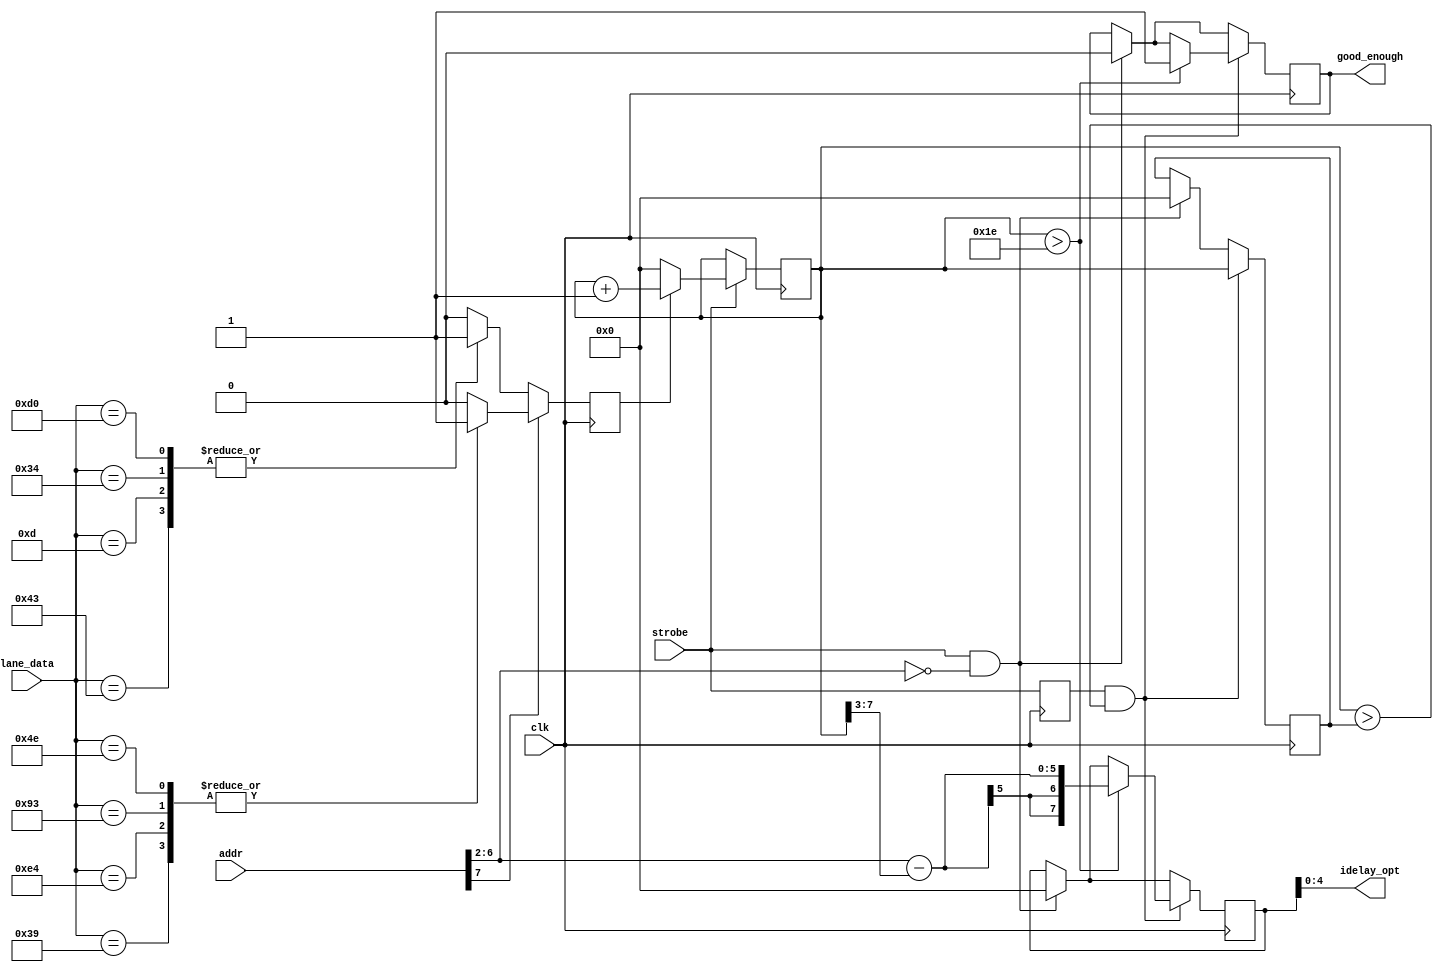
// Goes with idelay_scanner.v
module decider(
	input clk,
	input [10:0] addr,  // 4+5+2
	input [7:0] lane_data,
	input strobe,
	output [4:0] idelay_opt,
	output good_enough
);

// valid words depend on addr[7], see board_support/zest/zest_setup.py self.valid_pattern
// {0x43:1, 0x0d:1, 0x34:1, 0xd0:1},{0x39:1, 0xe4:1, 0x93:1, 0x4e:1}
wire odd = addr[7];
reg valid=0;
always @(posedge clk) begin
	if (~odd) case (lane_data)
		8'h43: valid <= 1;
		8'h0d: valid <= 1;
		8'h34: valid <= 1;
		8'hd0: valid <= 1;
		default: valid <= 0;
	endcase else case (lane_data)
		8'h39: valid <= 1;
		8'he4: valid <= 1;
		8'h93: valid <= 1;
		8'h4e: valid <= 1;
		default: valid <= 0;
	endcase
end

// Pull apart the 4 + 5 + 2 bit address
wire [4:0] idelay = addr[6:2];

// Pretty much the same algorithm as in board_support/zest/zest_setup.py top2idelay()
reg [7:0] goodness=0, best=0, center=0;
reg strobe_d=0, good_enough_r=0;
always @(posedge clk) begin
	strobe_d <= strobe;
	if (strobe) goodness <= valid ? (goodness+1) : 0;
	if (strobe & (idelay==0)) begin
		best <= 0;
		center <= 0;
		good_enough_r <= 0;
	end
	if (strobe_d & (goodness > best)) begin
		best <= goodness;
		if (goodness > 30) begin
			center <= idelay - (goodness>>3);
			good_enough_r <= 1;
		end
	end
end
assign idelay_opt = center;
assign good_enough = good_enough_r;

endmodule